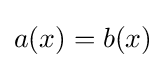
a(x)=b(x)